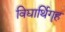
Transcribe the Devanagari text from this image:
विद्यार्थिगॄह